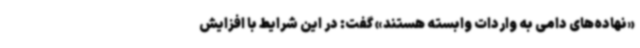
«نهاده‌های دامی به واردات وابسته هستند» گفت: در این شرایط با افزایش